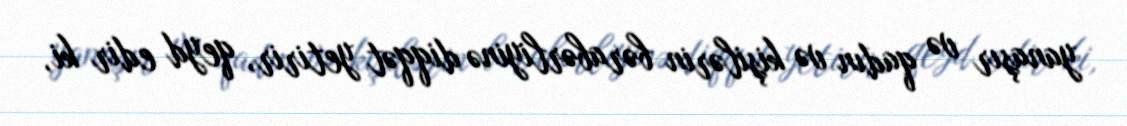
yanaşır və qadın və kişilərin bərabərliyinə diqqət yetirir, qeyd edir ki,